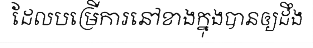
ដែលបម្រើការនៅខាងក្នុងបានឲ្យដឹង